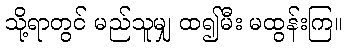
သို့ရာတွင် မည်သူမျှ ထ၍မီး မထွန်းကြ။